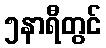
၅နာရီတွင်